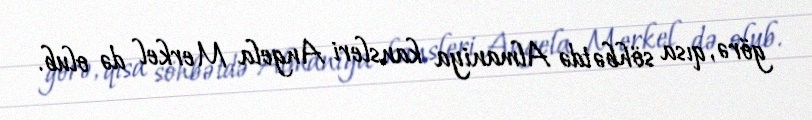
görə, qısa söhbətdə Almaniya kansleri Angela Merkel də olub.